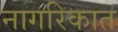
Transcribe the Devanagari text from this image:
नागरिकात